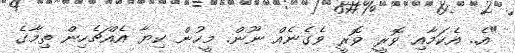
"އެ.. އެކަމާއި ވޮރީ ވޮރީ ވެގެނެއް ނޫން. މީހުން ކިޔާ އެއްޗެހިން ތިމާގެ